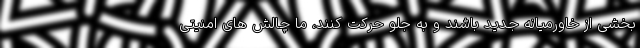
بخشی از خاورمیانه جدید باشند و به جلو حرکت کنند، ما چالش های امنیتی